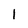
Character: 1